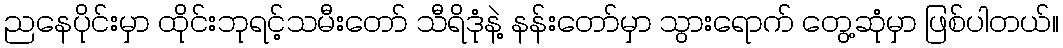
ညနေပိုင်းမှာ ထိုင်းဘုရင့်သမီးတော် သီရိဒုံနဲ့ နန်းတော်မှာ သွားရောက် တွေ့ဆုံမှာ ဖြစ်ပါတယ်။